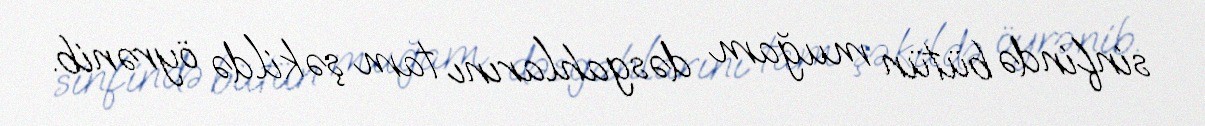
sinfində bütün muğam dəsgahlarını tam şəkildə öyrənib.